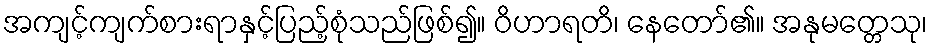
အကျင့်ကျက်စားရာနှင့်ပြည့်စုံသည်ဖြစ်၍။ ဝိဟာရတိ၊ နေတော်၏။ အနုမတ္တေသု၊